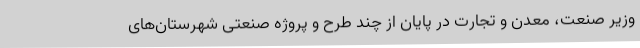
وزیر صنعت، معدن و تجارت در پایان از چند طرح و پروژه صنعتی شهرستان‌های